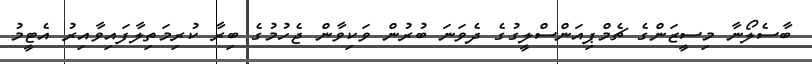
ބާސެލޯނާ މިސީޒަންގެ ޗެމްޕިއަންސްލީގުގެ ދެވަނަ ބުރުން ވަކިވާން ޖެހުމުގެ ބިރާ ކުރިމަތިލާފައިވާއިރު އެޓީމު